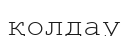
қолдау